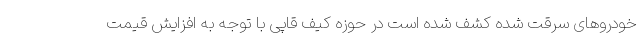
خودروهای سرقت شده کشف شده است در حوزه کیف قاپی با توجه به افزایش قیمت